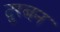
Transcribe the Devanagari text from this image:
दुरबन